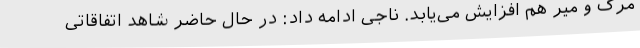
مرگ و میر هم افزایش می‌یابد. ناجی ادامه داد: در حال حاضر شاهد اتفاقاتی